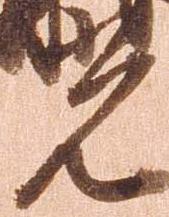
光